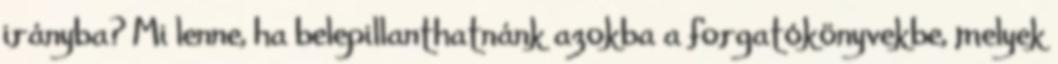
irányba? Mi lenne, ha belepillanthatnánk azokba a forgatókönyvekbe, melyek